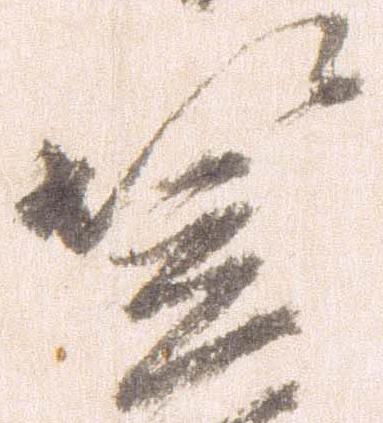
笠